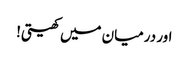
اور درمیان میں کھیتی!